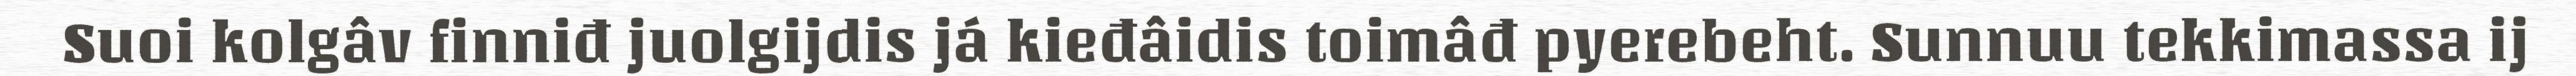
Suoi kolgâv finniđ juolgijdis já kieđâidis toimâđ pyerebeht. Sunnuu tekkimassa ij